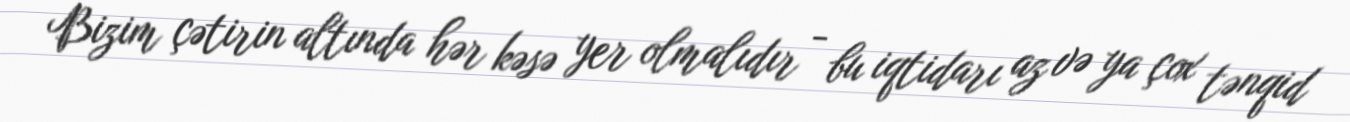
Bizim çətirin altında hər kəsə yer olmalıdır - bu iqtidarı az və ya çox tənqid